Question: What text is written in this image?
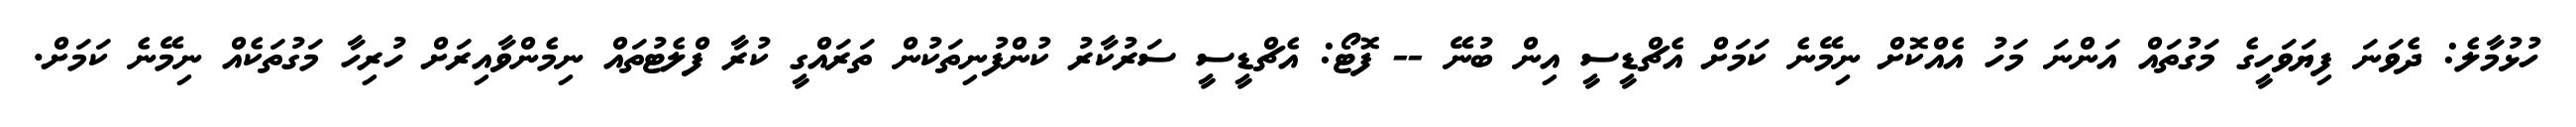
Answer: ހުޅުމާލެ: ދެވަނަ ފިޔަވަހީގެ މަގުތައް އަންނަ މަހު އެއްކޮށް ނިމޭނެ ކަމަށް އެޗްޑީސީ އިން ބުނޭ -- ފޮޓޯ: އެޗްޑީސީ ސަރުކާރު ކުންފުނިތަކުން ތަރައްގީ ކުރާ ފްލެޓުތައް ނިމެންވާއިރަށް ހުރިހާ މަގުތަކެއް ނިމޭނެ ކަމަށް.